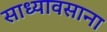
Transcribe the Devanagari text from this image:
साध्यावसाना